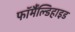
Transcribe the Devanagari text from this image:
फॉर्मैंल्डिहाइड